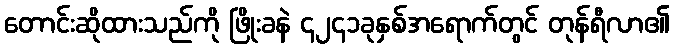
တောင်းဆိုထားသည်ကို ဖြိုးခနဲ ၄၂၄၁ခုနှစ်အရောက်တွင် တုန်ရီလာ၏